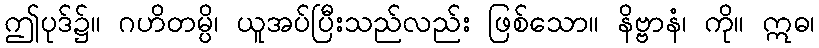
ဤပုဒ်၌။ ဂဟိတမ္ပိ၊ ယူအပ်ပြီးသည်လည်း ဖြစ်သော။ နိဗ္ဗာနံ၊ ကို။ ဣဓ၊